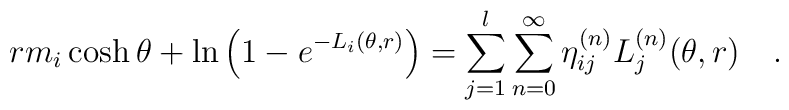
rm_{i}\cosh \theta +\ln \left( 1-e^{-L_{i}(\theta ,r)}\right)=\sum\limits_{j=1}^{l}\sum\limits_{n=0}^{\infty }\eta_{ij}^{(n)}L_{j}^{(n)}(\theta ,r)\quad .